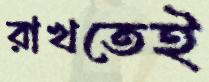
রাখতেই